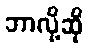
ဘာလို့ဆို